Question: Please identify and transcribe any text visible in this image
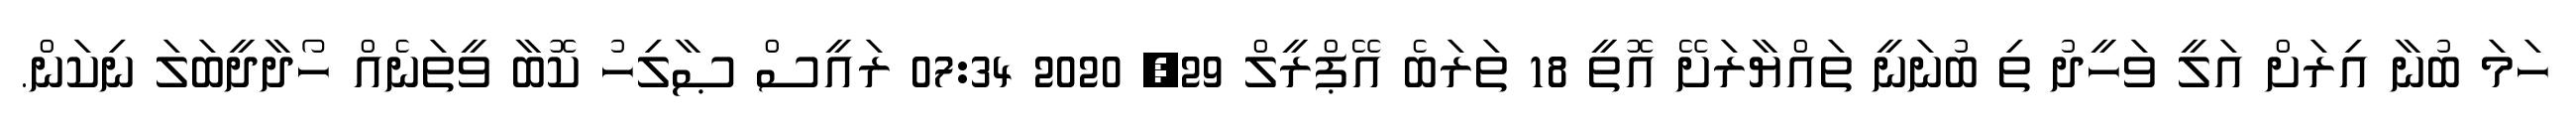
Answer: ހަމަ ބުނާ އިރަށް އަލީ ވަހީދު ތި ބުނަނީ ތައްޔާރަށޭ އޮތީ 18 ތަރަބެ އޭޕްރީލް 29, 2020 07:34 ރައީސް ޞާލިހު ކޮބާ ވީތަނެއް ހޯދާދީބަލަ ނިކަން.